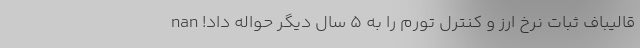
قالیباف ثبات نرخ ارز و کنترل تورم را به 5 سال دیگر حواله داد! nan